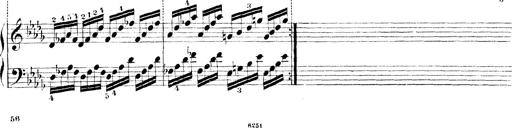
Title: Technische Studien
Composer: Franz Liszt